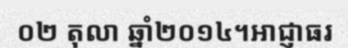
០២ តុលា ឆ្នាំ២០១៤។អាជ្ញាធរ